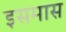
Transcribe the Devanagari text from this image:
इसमास